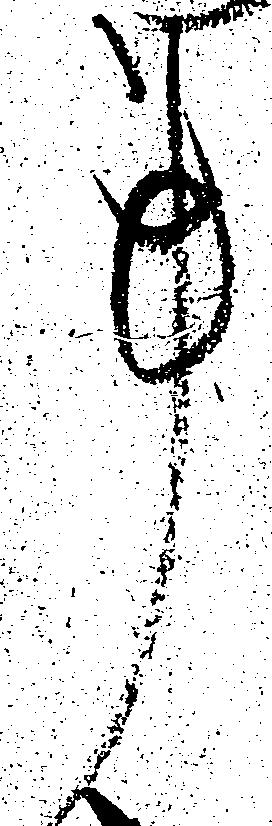
事